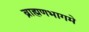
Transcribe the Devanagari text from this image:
ब्राह्मणभागमे